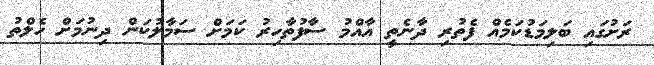
ރަށުގައި ބަލިމަޑުކަމެއް ފެތުރި ދާނެތީ އާއްމު ސާފުތާހިރު ކަމަށް ސަމާލުކަން ދިނުމަށް ހެލްތު